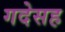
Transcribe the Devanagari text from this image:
गदेसह